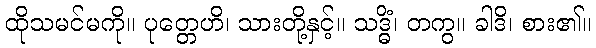
ထိုသမင်မကို။ ပုတ္တေဟိ၊ သားတို့နှင့်။ သဒ္ဓိံ၊ တကွ။ ခါဒိ၊ စား၏။